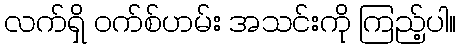
လက်ရှိ ဝက်စ်ဟမ်း အသင်းကို ကြည့်ပါ။